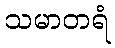
သမာတရံ